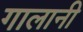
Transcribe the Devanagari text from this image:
गालानी